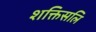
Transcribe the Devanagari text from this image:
शक्तिसलि